Annual report of the Imperial Bacteriologist
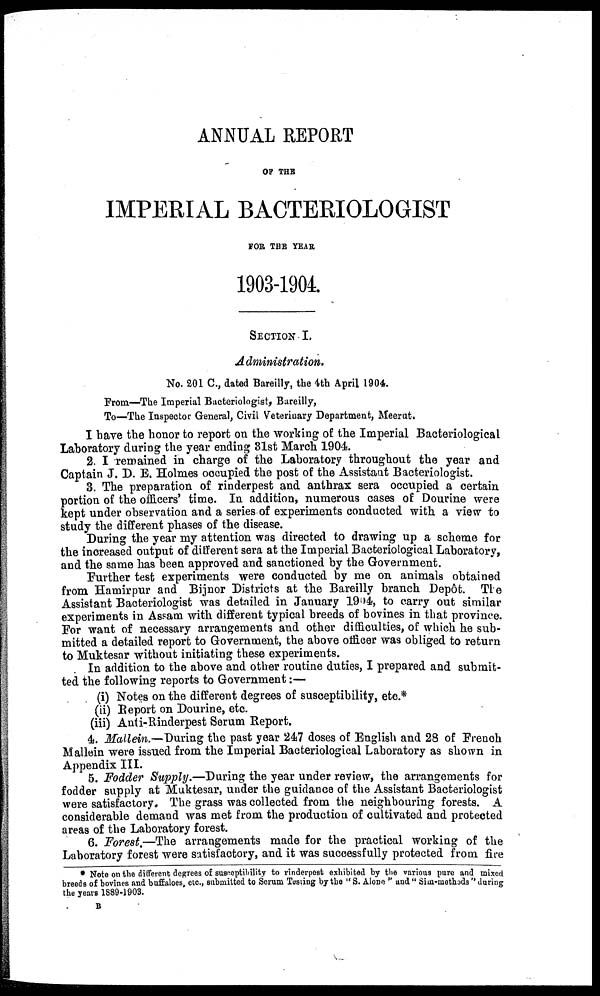
ANNUAL REPORT
OF THE
IMPERIAL BACTERIOLOGIST
FOR THE YEAR
1903-1904.
SECTION I.
Administration.
No. 201 C., dated Bareilly, the 4th April 1904.
From—The Imperial Bacteriologist, Bareilly,
To—The Inspector General, Civil Veterinary Department, Meerut.
I have the honor to report on the working of the Imperial Bacteriological
Laboratory during the year ending 31st March 1904.
2. I remained in charge of the Laboratory throughout the year and
Captain J. D. E. Holmes occupied the post of the Assistant Bacteriologist.
3. The preparation of rinderpest and anthrax sera occupied a certain
portion of the officers' time. In addition, numerous cases of Dourine were
kept under observation and a series of experiments conducted with a view to
study the different phases of the disease.
During the year my attention was directed to drawing up a scheme for
the increased output of different sera at the Imperial Bacteriological Laboratory,
and the same has been approved and sanctioned by the Government.
Further test experiments were conducted by me on animals obtained
from Hamirpur and Bijnor Districts at the Bareilly branch Depôt. The
Assistant Bacteriologist was detailed in January 1904, to carry out similar
experiments in Assam with different typical breeds of bovines in that province.
For want of necessary arrangements and other difficulties, of which he sub-
mitted a detailed report to Government, the above officer was obliged to return
to Muktesar without initiating these experiments.
In addition to the above and other routine duties, I prepared and submit-
ted the following reports to Government :—
(i) Notes on the different degrees of susceptibility, etc.*
(ii) Report on Dourine, etc.
(iii) Anti-Rinderpest Serum Report.
4. Mallein.—-During the past year 247 doses of English and 28 of French
Mallein were issued from the Imperial Bacteriological Laboratory as shown in
Appendix III.
5. Fodder Supply.—During the year under review, the arrangements for
fodder supply at Muktesar, under the guidance of the Assistant Bacteriologist
were satisfactory. The grass was collected from the neighbouring forests. A
considerable demand was met from the production of cultivated and protected
areas of the Laboratory forest.
6. Forest.—The arrangements made for the practical working of the
Laboratory forest were satisfactory, and it was successfully protected from fire
* Note on the different degrees of susceptibility to rinderpest exhibited by the various pure and mixed
breeds of bovines and buffaloes, etc., submitted to Serum Testing by the "S. Alone" and "Sim-methods" during
the years 1889-1903.
B